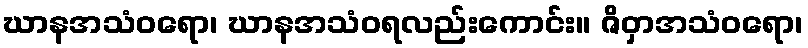
ဃာနအသံဝရော၊ ဃာနအသံဝရလည်းကောင်း။ ဇိဝှာအသံဝရော၊